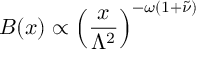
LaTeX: B ( x ) \propto \left( \frac { x } { \Lambda ^ { 2 } } \right) ^ { - \omega ( 1 + \tilde { \nu } ) }